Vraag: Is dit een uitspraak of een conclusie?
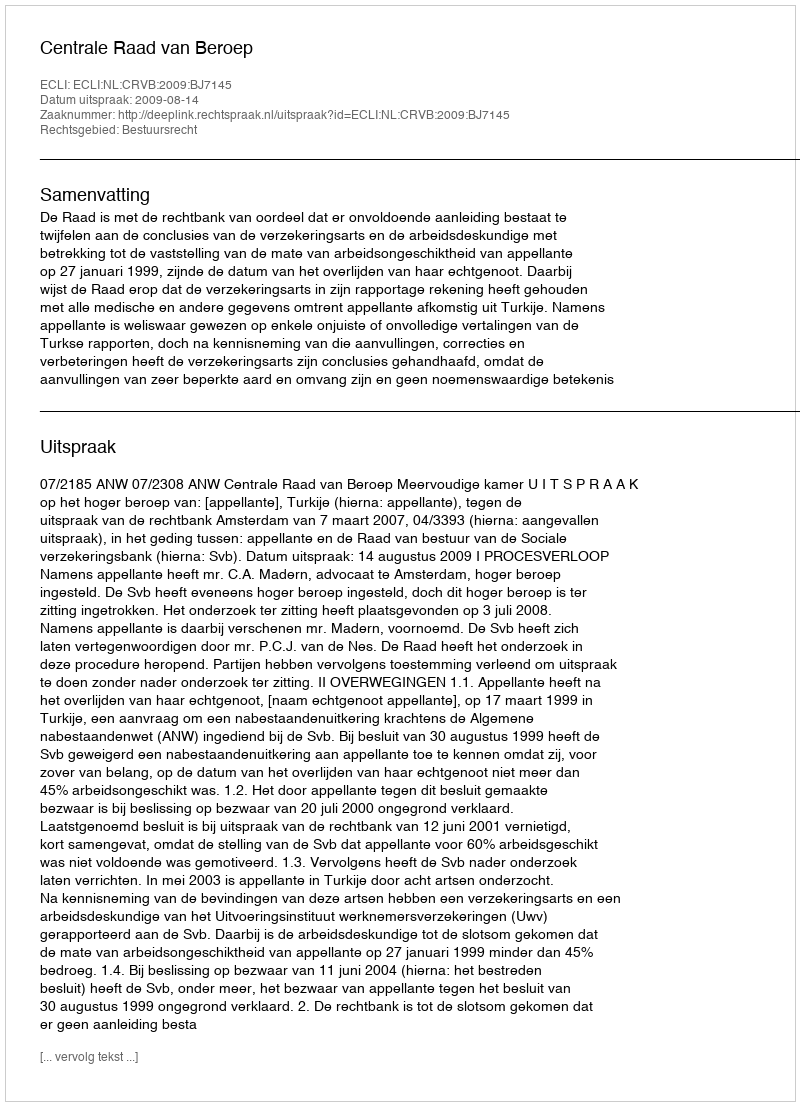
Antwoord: Uitspraak